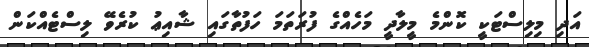
އަދި މިލިސްޓަކީ ކޮންމެ މީލާދީ މަހެއްގެ ފުރަތަމަ ހަފުތާގައި ޝާއިޢު ކުރެވޭ ލިސްޓެއްކަން